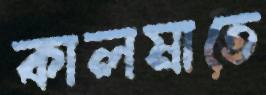
কালমাতে